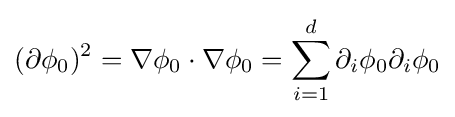
(\partial \phi _{0})^{2}=\nabla \phi _{0}\cdot \nabla \phi _{0}=\sum _{i=1}^{d}\partial _{i}\phi _{0}\partial _{i}\phi _{0}